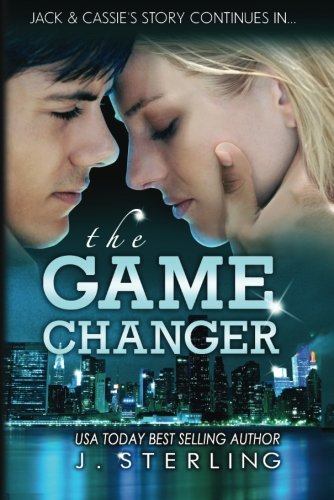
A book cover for The Game Changer: A Novel (The Game Series); J. Sterling; Romance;